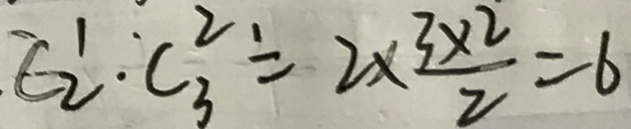
C _ { 2 } ^ { 1 } \cdot C _ { 3 } ^ { 2 . } = 2 \times \frac { 3 \times 2 } { 2 } = 6